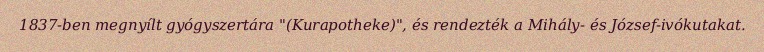
1837-ben megnyílt gyógyszertára "(Kurapotheke)", és rendezték a Mihály- és József-ivókutakat.